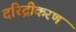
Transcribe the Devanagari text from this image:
दरिद्रीकरण